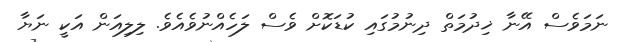
ނަމަވެސް އޭނާ ޚިދުމަތް ދިނުމުގައި ކުޑަކޮށް ވެސް ލަހެއްނުވެއެވެ. ލިލިއަން އަކީ ނަޔާ